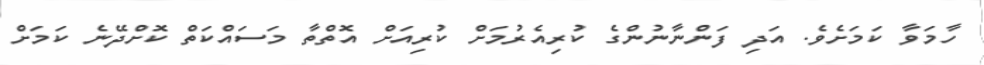
ހާމަވާ ކަމަށެވެ. އަދި ފަންނާނުންގެ ކުރިއެރުމަށް ކުރިއަށް އޮތްތާ މަސައްކަތް ކޮށްދޭނެ ކަމަށް